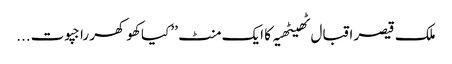
ملک قیصر اقبال ٹھیٹھیہ کا ایک منٹ ’’ کیا کھوکھر راجپوت...